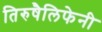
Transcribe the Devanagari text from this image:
तिरुषैलिफेनी